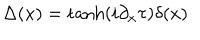
LaTeX: \Delta ( x ) = \tanh ( i \partial _ { x } \tau ) \delta ( x )